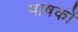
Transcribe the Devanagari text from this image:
पाषकों